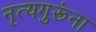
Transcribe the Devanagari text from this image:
नृत्यगुरूंना